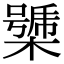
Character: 𣚧